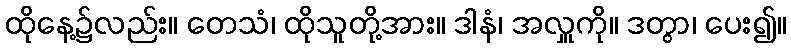
ထိုနေ့၌လည်း။ တေသံ၊ ထိုသူတို့အား။ ဒါနံ၊ အလှူကို။ ဒတွာ၊ ပေး၍။